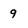
Character: 9